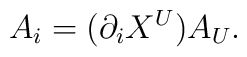
A_i=(\partial_i X^{U})A_{U}.